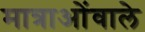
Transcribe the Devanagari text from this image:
मात्राओंवाले